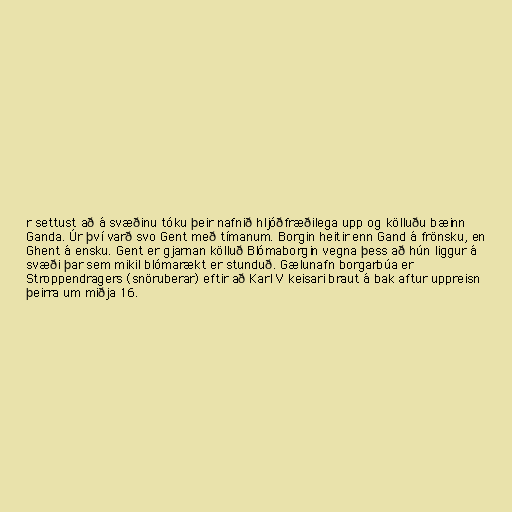
r settust að á svæðinu tóku þeir nafnið hljóðfræðilega upp og kölluðu bæinn
Ganda. Úr því varð svo Gent með tímanum. Borgin heitir enn Gand á frönsku, en
Ghent á ensku. Gent er gjarnan kölluð Blómaborgin vegna þess að hún liggur á
svæði þar sem mikil blómarækt er stunduð. Gælunafn borgarbúa er
Stroppendragers (snöruberar) eftir að Karl V keisari braut á bak aftur uppreisn
þeirra um miðja 16.